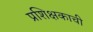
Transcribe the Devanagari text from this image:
प्रशिक्षकाची